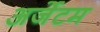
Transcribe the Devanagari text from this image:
अर्जेटम